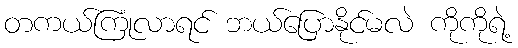
တကယ်ကြုံလာရင် ဘယ်ပြောနိုင်မလဲ ကိုကိုရဲ့